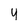
Character: y